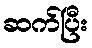
ဆက်ပြီး